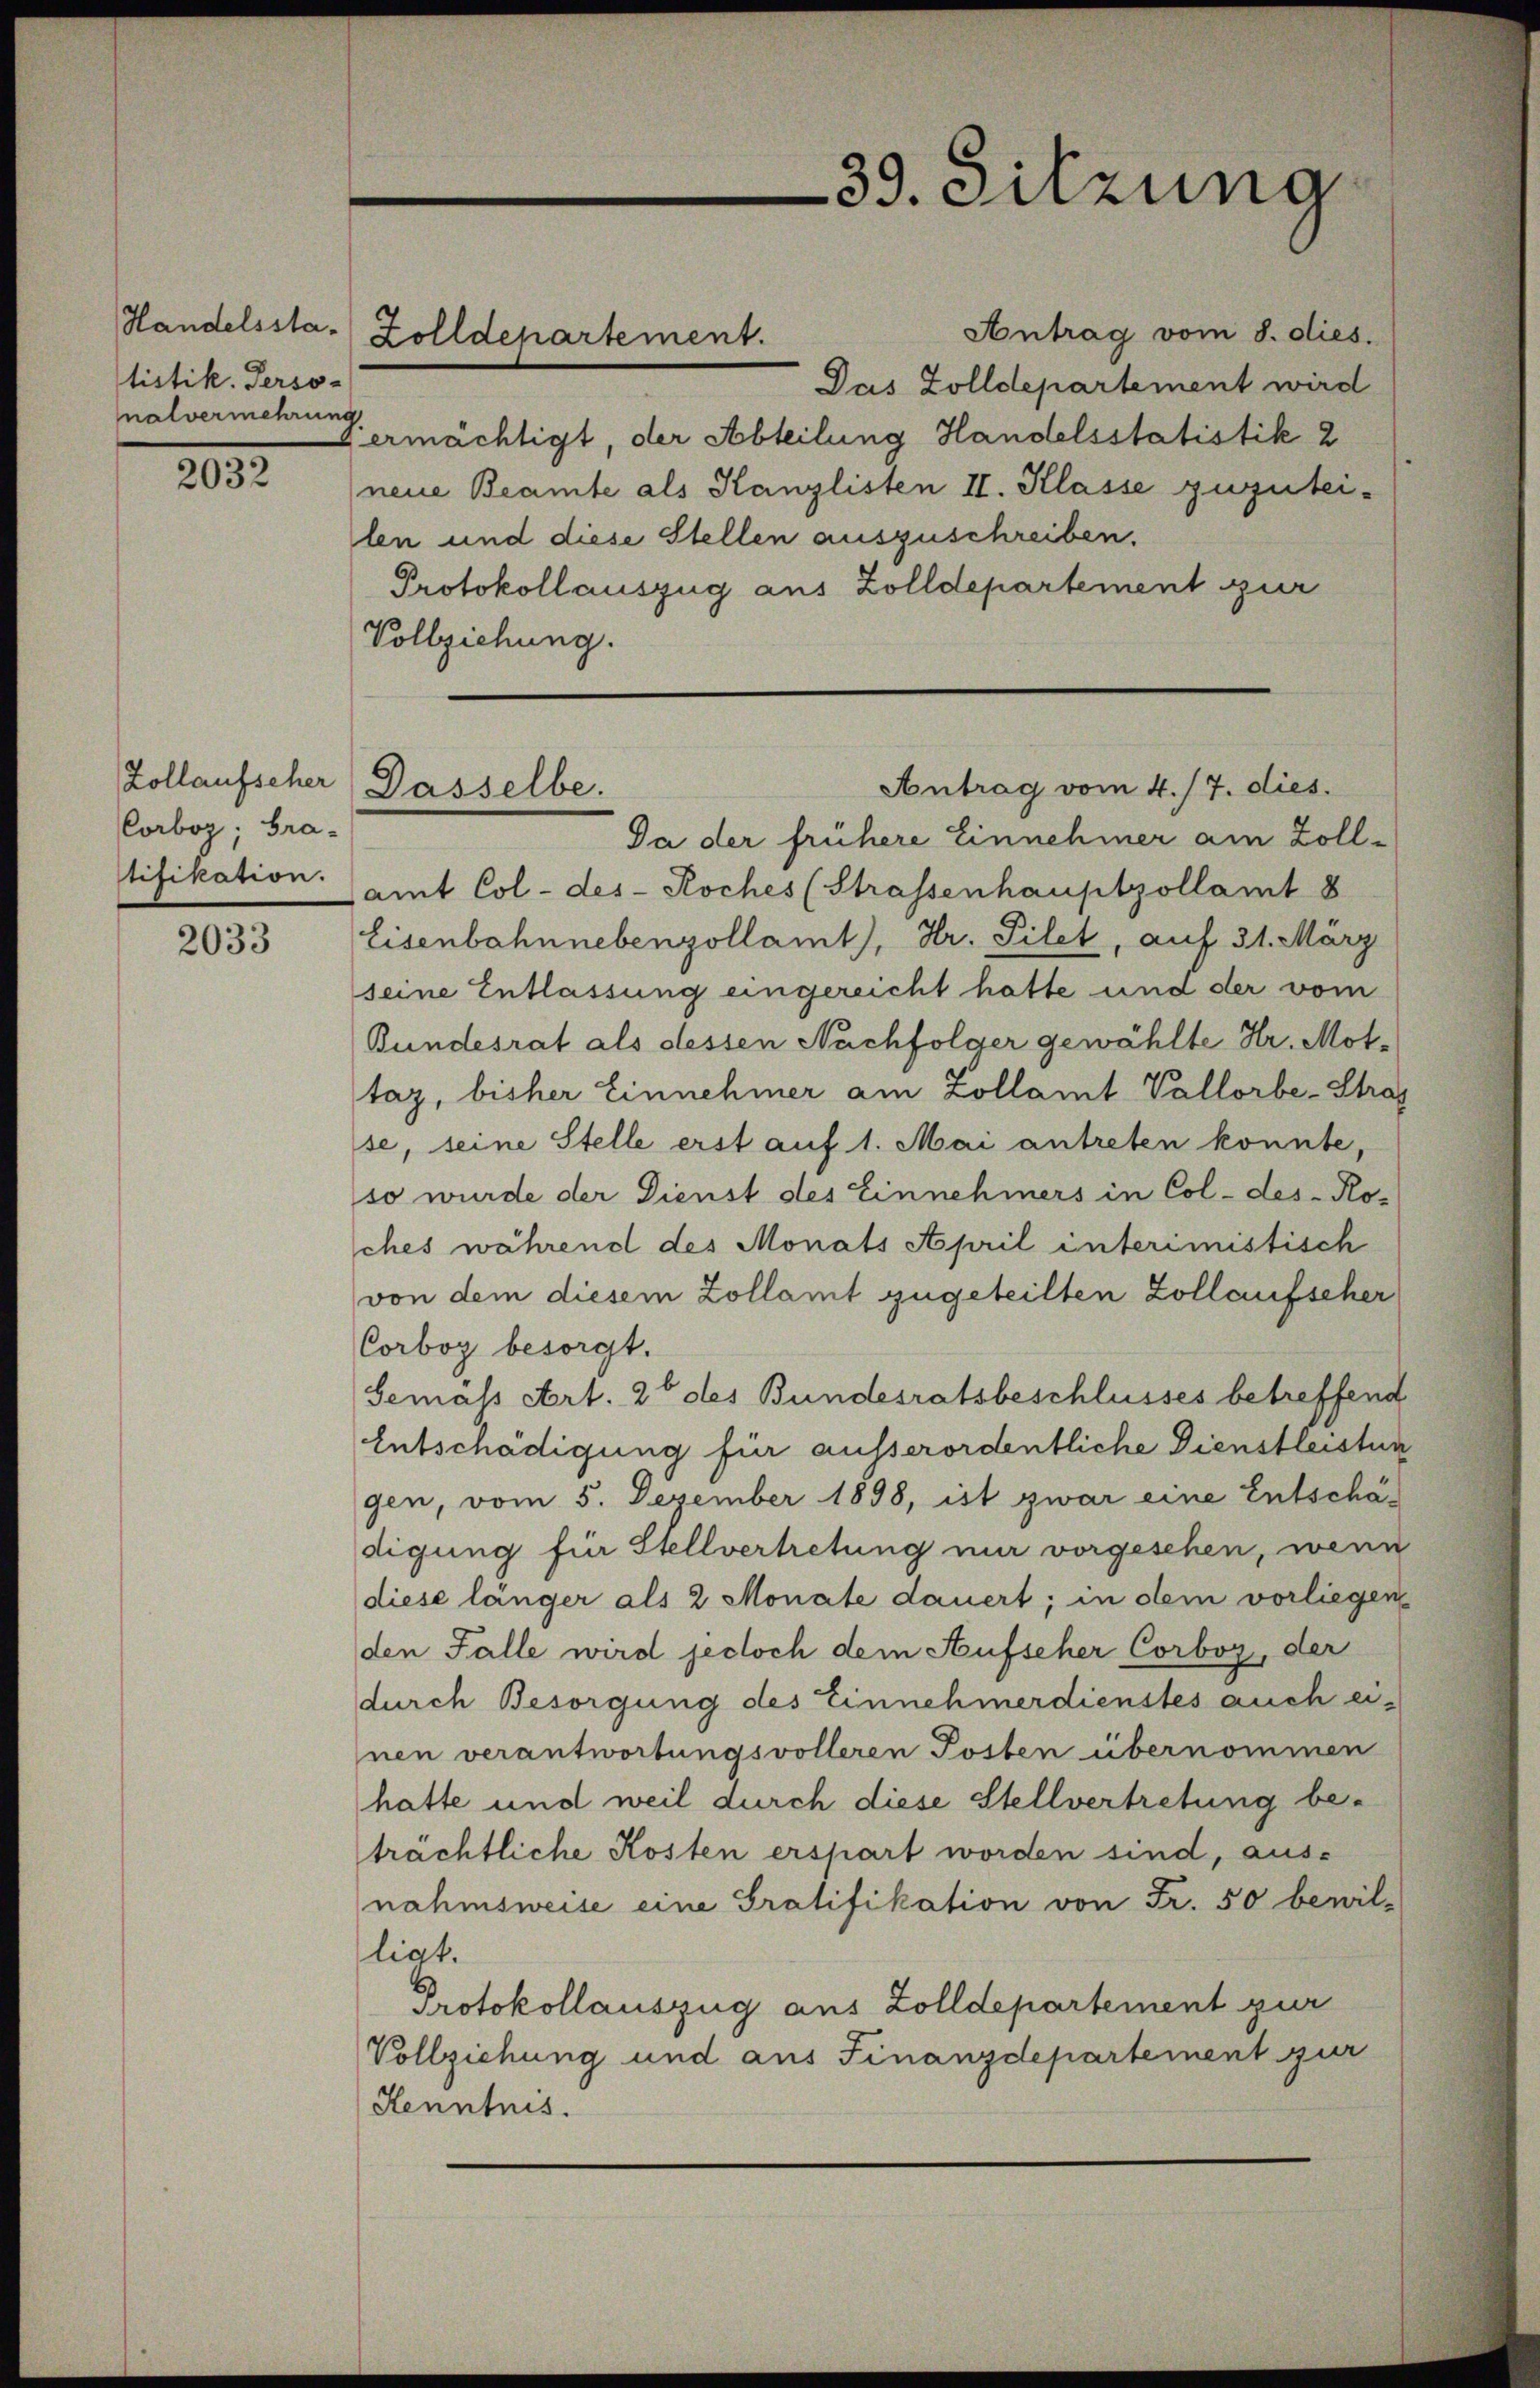
tistik. Perso-
nalvermehrung

2032

Zollaufscher
Corboz; Gratifikation.
d

2033

.

Handelssta. Zolldepartement.

Antrag vom 8. dies.
Das Zolldepartement wird
ermächtigt, der Abteilung Handelsstatistik 2
neue Beamte als Kanzlisten II. Klasse zuzutei-
len und diese Stellen auszuschreiben.
Protokollauszug aus Zolldepartement zur
Vollziehung.
Da der frühere Einnehmer am Zollamt Col- des - Koches (Strassenhauptzollamt 8
Eisenbahnnebenzollamt), Hr. Filet, auf 31. März
seine Entlassung eingereicht hatte und der vom
Bundesrat als dessen Nachfolger gewählte Hr. Mottaz, bisher Einnehmer am Zollamt Vallorbe-Stras
se, seine Stelle erst auf 1. Mai antreten konnte
so wurde der Dienst des Einnehmers in Col-des-Kohes während des Monats April interimistisch
von dem diesem Zollamt zugeteilten Zollaufseher
Corbog besorgt.
Gemass Art. 20 des Bundesratsbeschlusses betreffend
Entschädigung für ausserordentliche Dienstleistun
gen, vom 5. Dezember 1898, ist zwar eine Entschätigung für Stellvertretung nur vorgesehen, wenn
diese länger als 2 Monate dauert; in dem vorliegen
den Falle wird jedoch dem Aufseher Corboz, der
durch Besorgung des Einnehmerdienstes auch ei-
nen verantwortungsvolleren Posten übernommen
hatte und weil durch diese Stellvertretung be-
trächtliche Kosten erspart worden sind, aus-
nahmsweise eine Gratifikation von Fr. 50 bewil-
ligt.
Protokollauszug aus Zolldepartement zur
Vollziehung und aus Finanzdepartement zur
Kenntnis.

Dasselbe.

39. Sitzung

Antrag vom 4./7. dies.